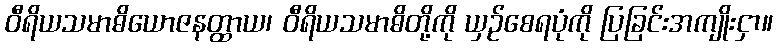
ဝီရိယသမာဓိယောဇနတ္ထာယ၊ ဝီရိယသမာဓိတို့ကို ယှဉ်စေရပုံကို ပြခြင်းအကျိုးငှာ။